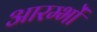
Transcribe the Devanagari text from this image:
आरम्भों